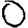
Digit: 0